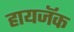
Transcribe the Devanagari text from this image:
हायजॅक